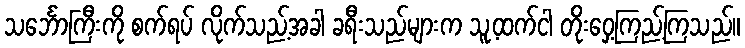
သင်္ဘောကြီးကို စက်ရပ် လိုက်သည့်အခါ ခရီးသည်များက သူ့ထက်ငါ တိုးဝှေ့ကြည့်ကြသည်။